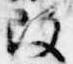
改